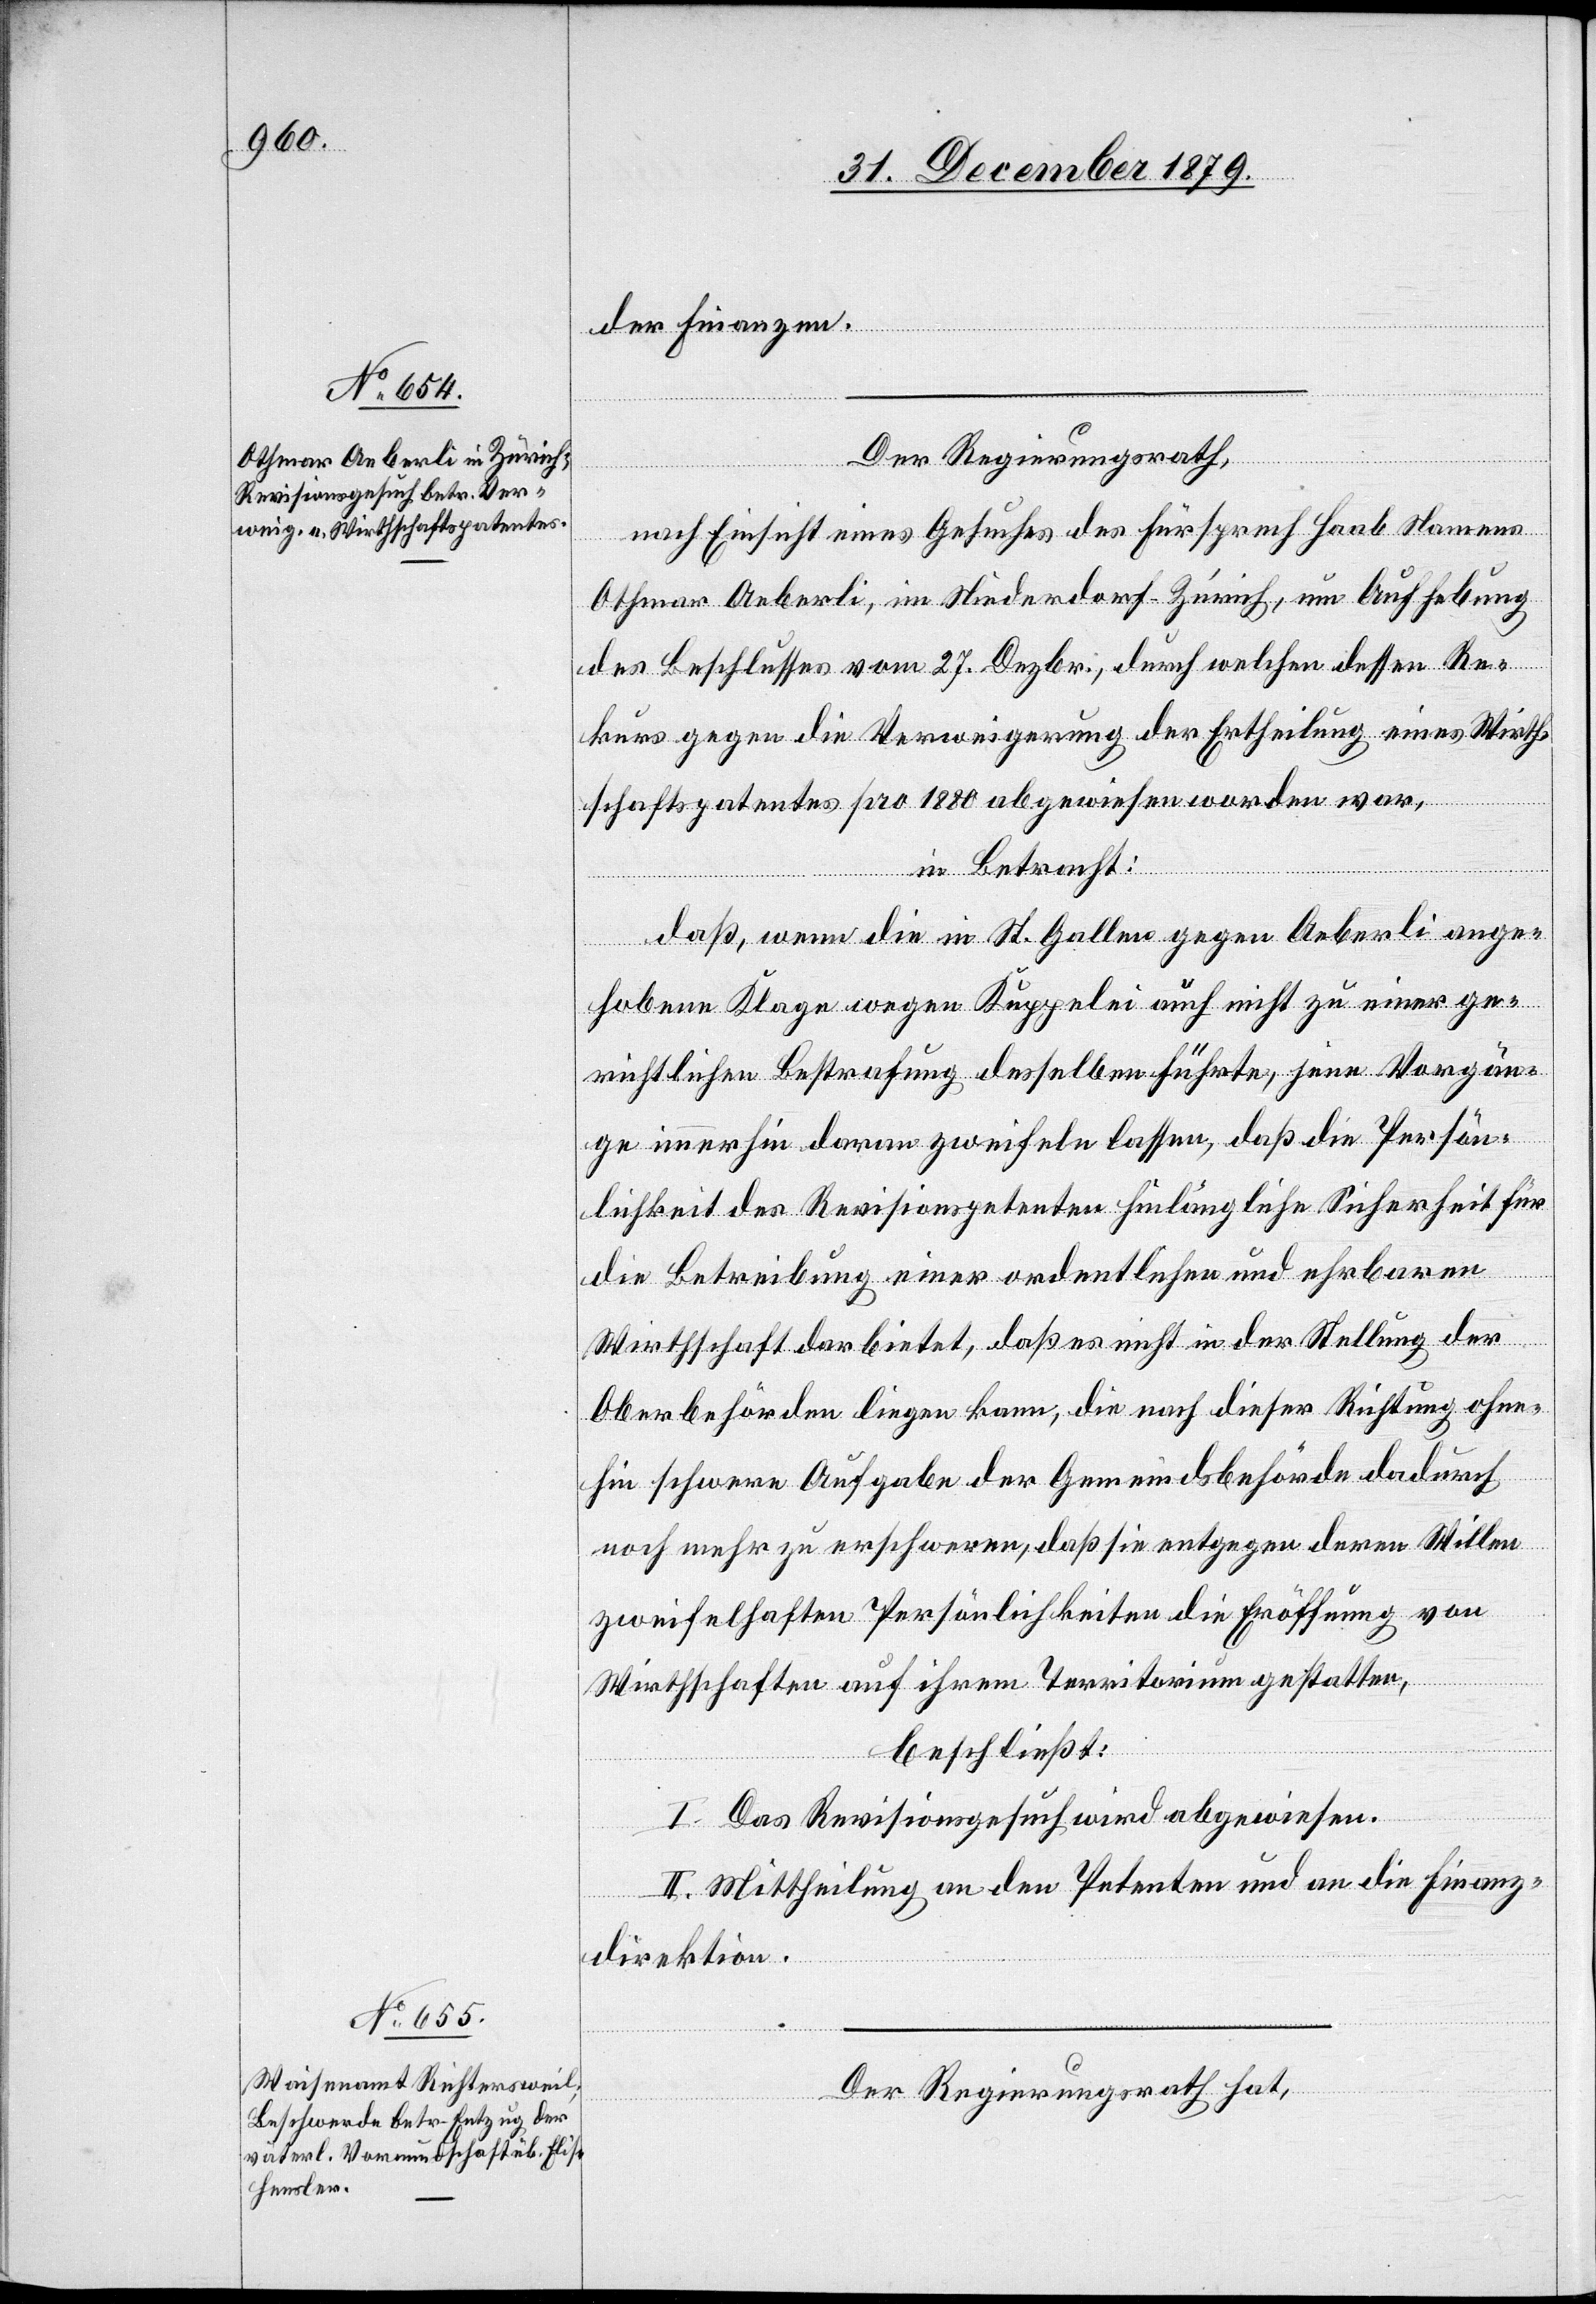
der Finanzen.
Der Regierungsrath,
nach Einsicht eines Gesuches des Fürsprech Haab Namens
Othmar Aeberli, im Niederdorf - Zürich, um Aufhebung
des Beschlusses vom 27. Dezbr., durch welchen dessen Re¬
kurs gegen die Verweigerung der Ertheilung eines Wirth¬
schaftspatentes pro 1880 abgewiesen worden war,
in Betracht:
daß, wenn die in St. Gallen gegen Aeberli ange¬
hobene Klage wegen Kuppelei auch nicht zu einer ge¬
richtlichen Bestrafung desselben führte, jene Vorgän¬
ge immerhin daran zweifeln lassen, daß die Persön¬
lichkeit des Revisionspetenten hinlängliche Sicherheit für
die Betreibung einer ordentlichen und ehrbaren
Wirthschaft darbietet, daß es nicht in der Stellung der
Oberbehörden liegen kann, die nach dieser Richtung ohne¬
hin schweren Aufgabe der Gemeindsbehörde dadurch
noch mehr zu erschweren, daß sie entgegen deren Willen
zweifelhaften Persönlichkeiten die Eröffnung von
Wirthschaften auf ihrem Territorium gestatten,
beschließt:
I. Das Revisionsgesuch wird abgewiesen.
II. Mittheilung an den Petenten und an die Finanz¬
direktion.
Der Regierungsrath hat,